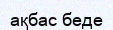
ақбас беде